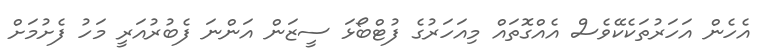
އެހެން އަހަރުތަކެކޭވެސް އެއްގޮތައް މިއަހަރުގެ ފުޓްބޯޅަ ސީޒަން އަންނަ ފެބުރުއަރީ މަހު ފެށުމަށް